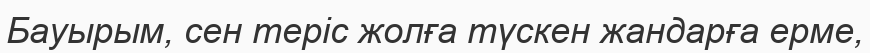
Бауырым, сен теріс жолға түскен жандарға ерме,